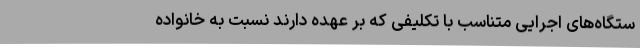
ستگاه‌های اجرایی متناسب با تکلیفی که بر عهده دارند نسبت به خانواده